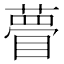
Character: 瞢